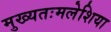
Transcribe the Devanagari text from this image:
मुख्यतःमलेशिया